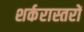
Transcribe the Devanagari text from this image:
शर्करास्तरों